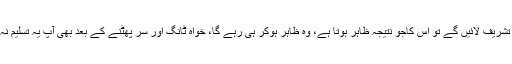
تیز دوڑتی ہوئی ریل کے دروازے سے جب آپ باہر تشریف لائیں گے تو اس کاجو نتیجہ ظاہر ہوتا ہے، وہ ظاہر ہوکر ہی رہے گا، خواہ ٹانگ اور سر پھٹنے کے بعد بھی آپ یہ تسلیم نہ کریں کہ آپ نے جو کچھ سمجھا تھا غلط سمجھا تھا۔